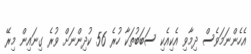
އެހެންނަމަވެސް ދިމާވި އެކިއެކި ސަބަބުތަކާ ހުރެ 56 ކުދިންނަށް ވުރެ ގިނައިން މިރޭ